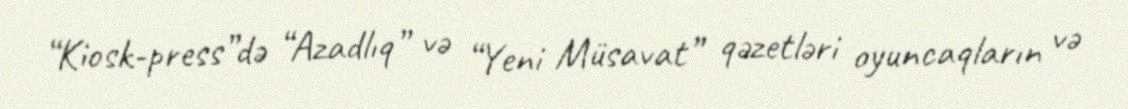
“Kiosk-press”də “Azadlıq” və “Yeni Müsavat” qəzetləri oyuncaqların və